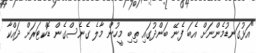
"އަޅުުގަނޑުމެންނަށް އެބަ ފެނޭ ބަންދުގައި ތިބި މީހުން މާލެ ގެނެސްގެން ޑޮކްޓަރަށް ދައްކާ